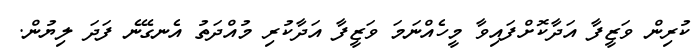
ކުރިން ވަޒީފާ އަދާކޮށްފައިވާ މީހެއްނަމަ ވަޒީފާ އަދާކުރި މުއްދަތު އެނގޭނެ ފަދަ ލިޔުން.